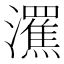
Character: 𤃭